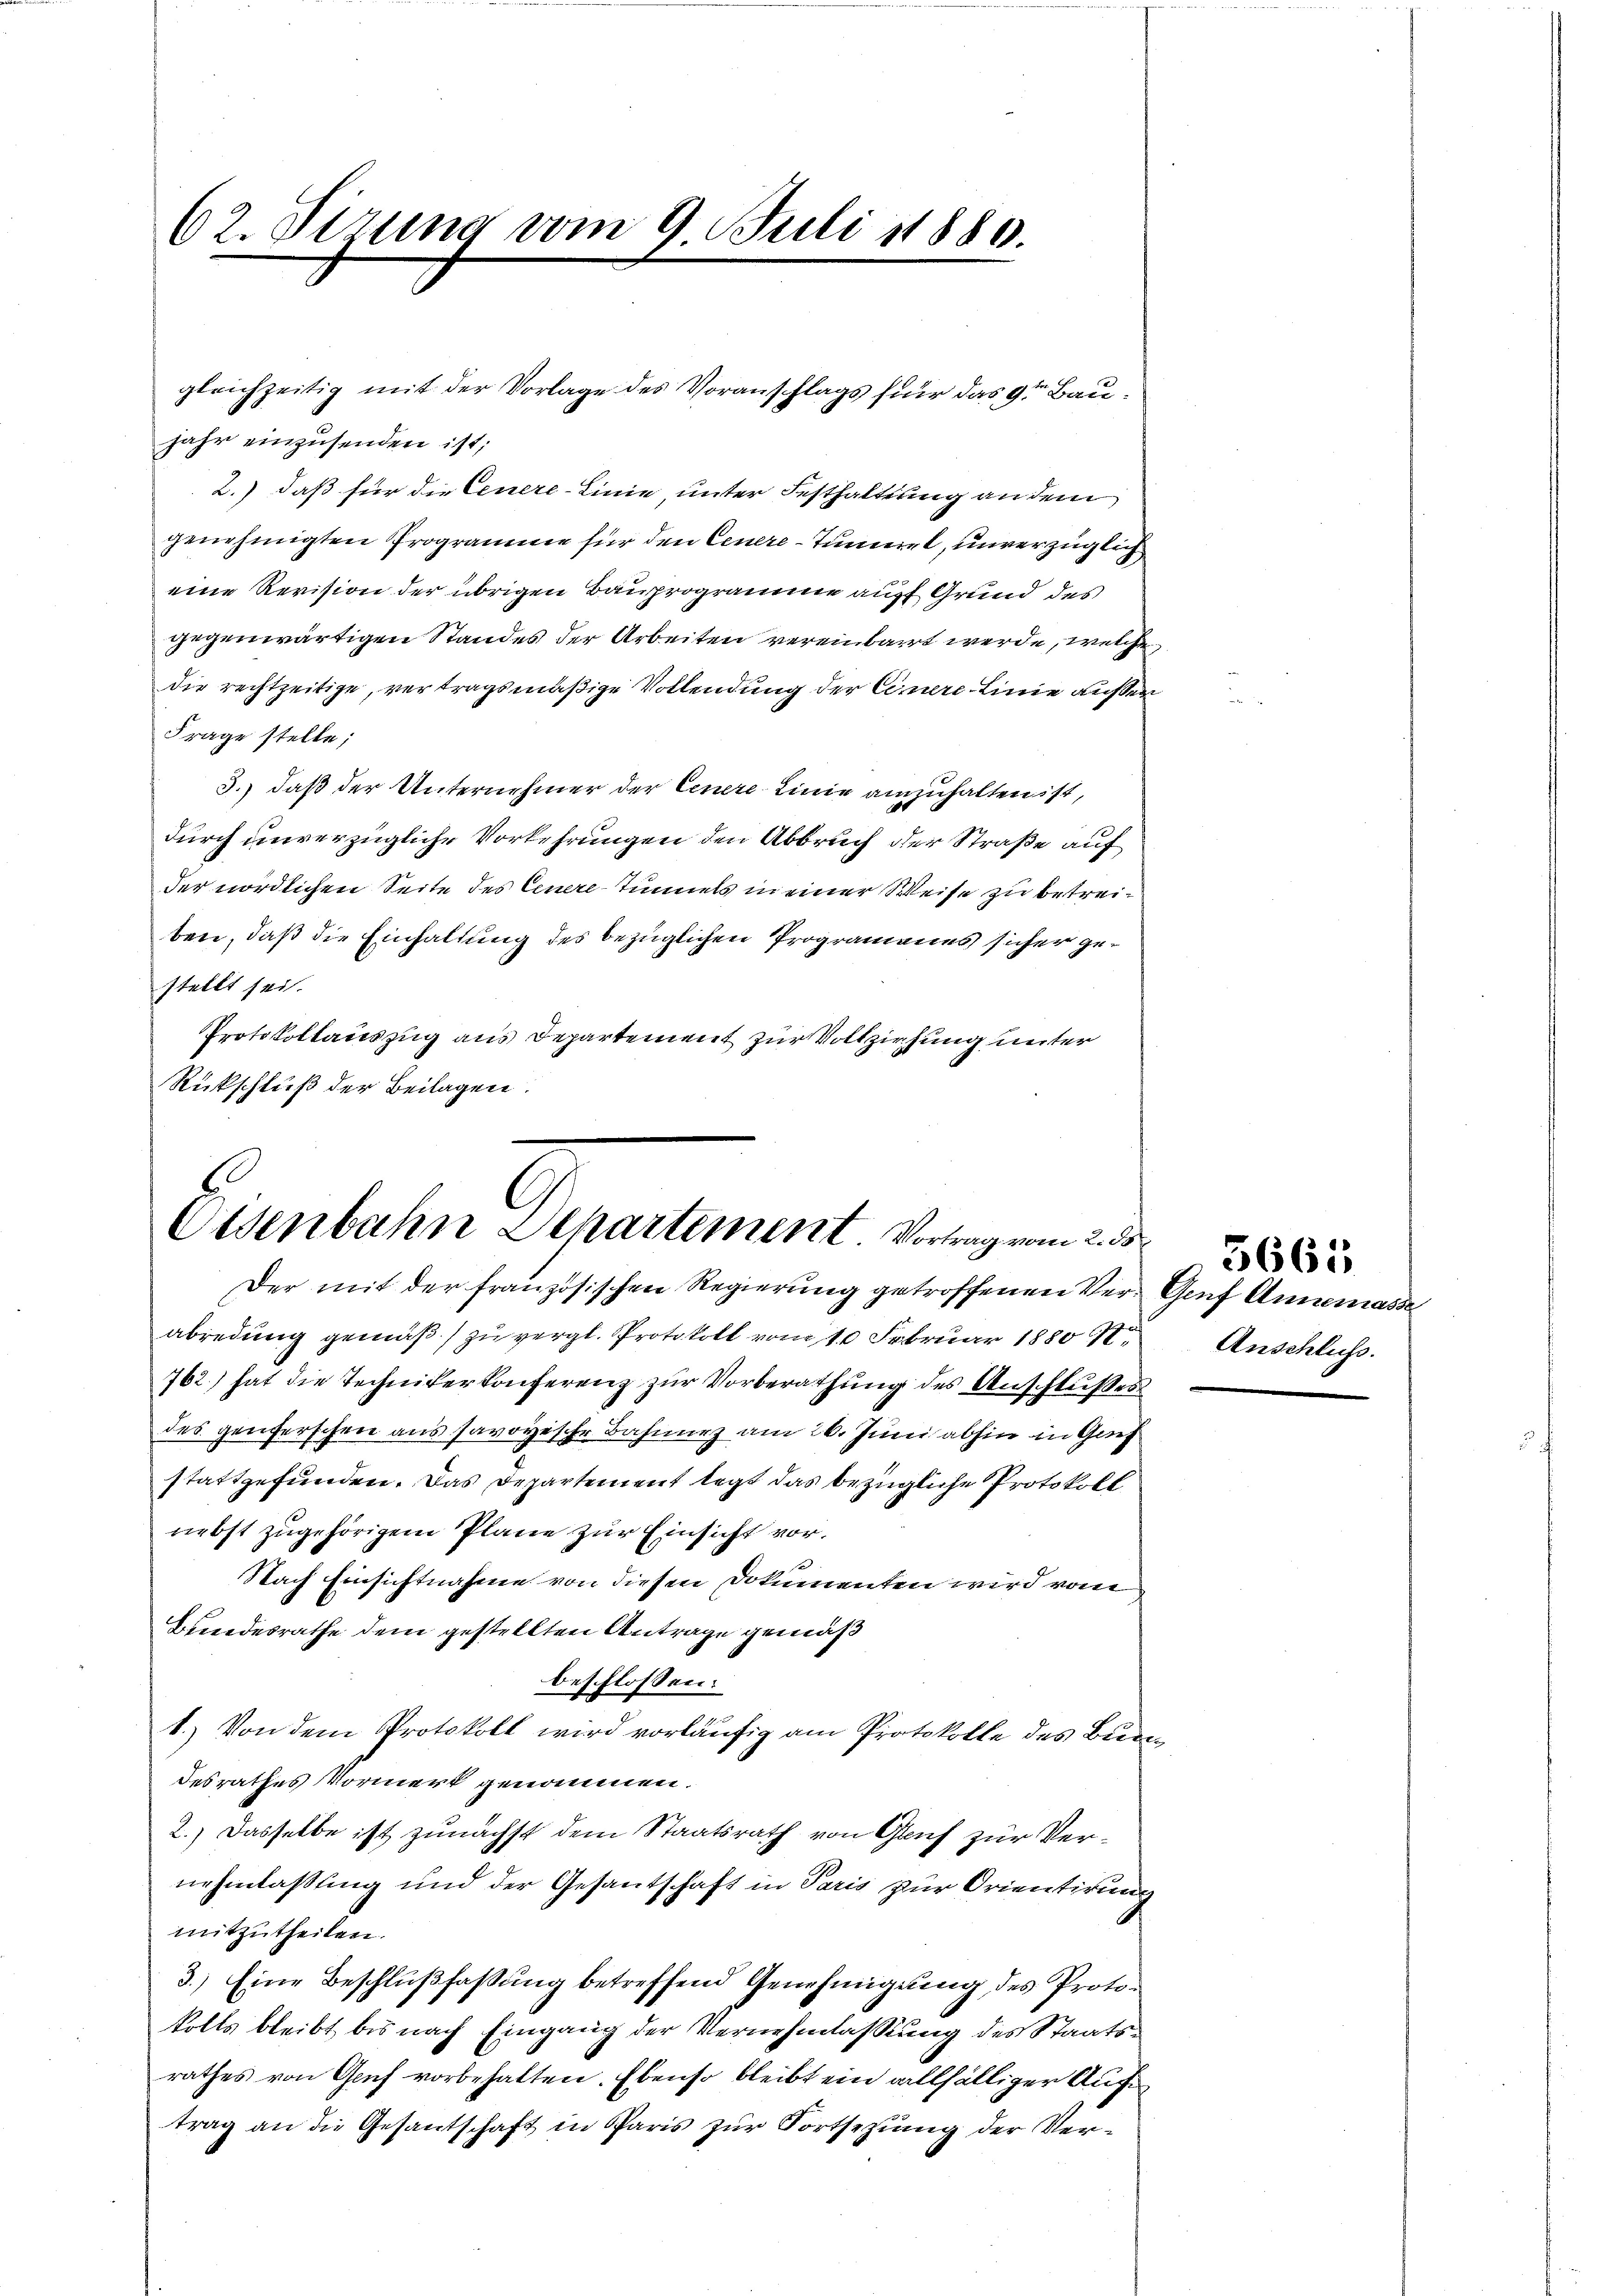
62. Sirung vom 9. Juli 1880.

gleichzeitig mit der Vorlage des Voranschlags für das 9ten Baujahr einzusenden ist;
2.) daß für die Cenere-Linie, unter Festhaltung an dem
genehmigten Programme für den Centre-Tunneret, unverzüglich
eine Revision der übrigen Bauprogramme auf Grund des
gegenwärtigen Standes der Arbeiten vereinbarrt werde, welche
die rechtzeitige, vertragsmäßige Vollendung der Eimere Linie außer
Frage stelle;
3.) daß der Unternehmer der Cenere Linie anzuhalten ist,
durch unverzügliche Vorkehrungen den Abbruch der Straße auf
der nördlichen Seite des Cenere Tunnels in einer Weise zu betreiben, daß die Einhaltung des bezüglichen Programones sicher gestellt sei.
Protokollauszug aus Departement zur Vollziehung unter
Rückschluß der Beilagen.

abredung gemäß zu vergl. Protokoll vom 10. Februar 1880 S.
762) hat die Technikerkonferenz zur Vorberathung des Anschlußes
des generschen aus savoyische Bahnung am 26. Juni abhin in Gruf
stattgefunden. Das Departement legt das bezügliche Protokoll
nebst zugehörigem Plane zur Einsicht vorx
Nach Einsichtnahme von diesen Dokumenten wird vom
Bundesrathe dem gestellten Antrage gemäß
beschlossen:
1.) Von dem Protokoll wird vorläufig am Protokolle des Bun
desrathes Vormerk genommen.
2.) Dasselbe ist zunächst dem Staatsrath von Gruf zur Vernehmlassung und der Gesantschaft in Paris zur Orientirung
mitzutheilen.
3.) Eine Beschlußfassung betreffend Genehmigung des Protokolls bleibt bis nach Eingang der Vernehmlassung des Staatsrathes von Graf vorbehalten. Ebenso bleibt ein allfälliger Auftrag an die Gesantschaft in Paris zur Fortsezung der Ver¬

G
Eisenbahn Separtement Vortrag vom 2. d

Der mit der französischen Regierung getroffenen Ver- Genf Annemasse

Anschluß.